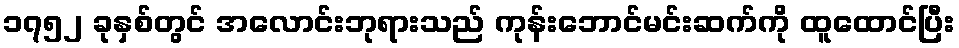
၁၇၅၂ ခုနှစ်တွင် အလောင်းဘုရားသည် ကုန်းဘောင်မင်းဆက်ကို ထူထောင်ပြီး